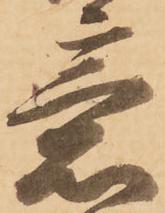
意